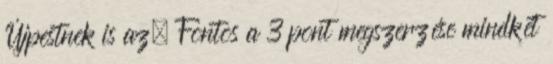
Újpestnek is az. Fontos a 3 pont megszerzése mindkét